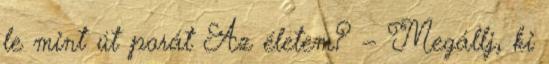
le mint út porát Az életem? — Megállj, ki